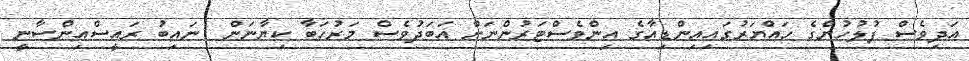
އަދިވެސް ފުލުހުންގެ ހައްޔަރުގައިއިންޑިއާގެ އިންވެސްޓަރުންނަށް އަބަދުވެސް މަރުހަބާ ކިޔާނަން  ނައިބު ރައީސްއިންސާނީ